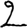
Digit: 2